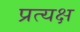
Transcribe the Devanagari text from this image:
प्रत्यक्ष